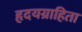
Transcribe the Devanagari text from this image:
हृदयग्राहिता